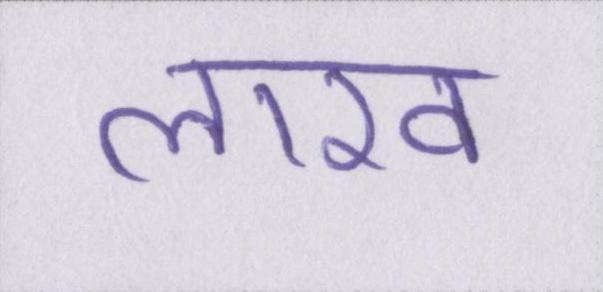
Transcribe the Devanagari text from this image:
लाख